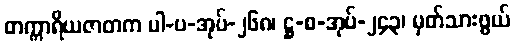
တက္ကာရိယဇာတက ပါ-ပ-အုပ်-၂၆၈၊ ဋ္ဌ-စ-အုပ်-၂၄၃၊ မှတ်သားဖွယ်